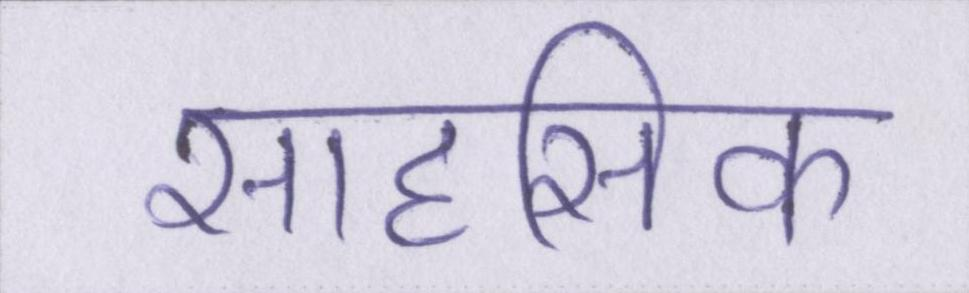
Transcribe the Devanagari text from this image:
साहसिक